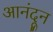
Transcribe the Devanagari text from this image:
आनंदून